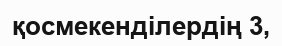
қосмекенділердің 3,